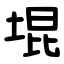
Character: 堒